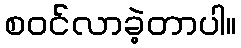
စဝင်လာခဲ့တာပါ။